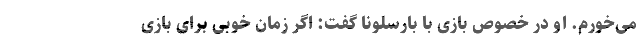
می‌خورم. او در خصوص بازی با بارسلونا گفت: اگر زمان خوبی برای بازی